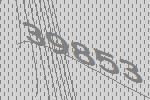
39853